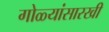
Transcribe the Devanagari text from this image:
गोळ्यांसारखी